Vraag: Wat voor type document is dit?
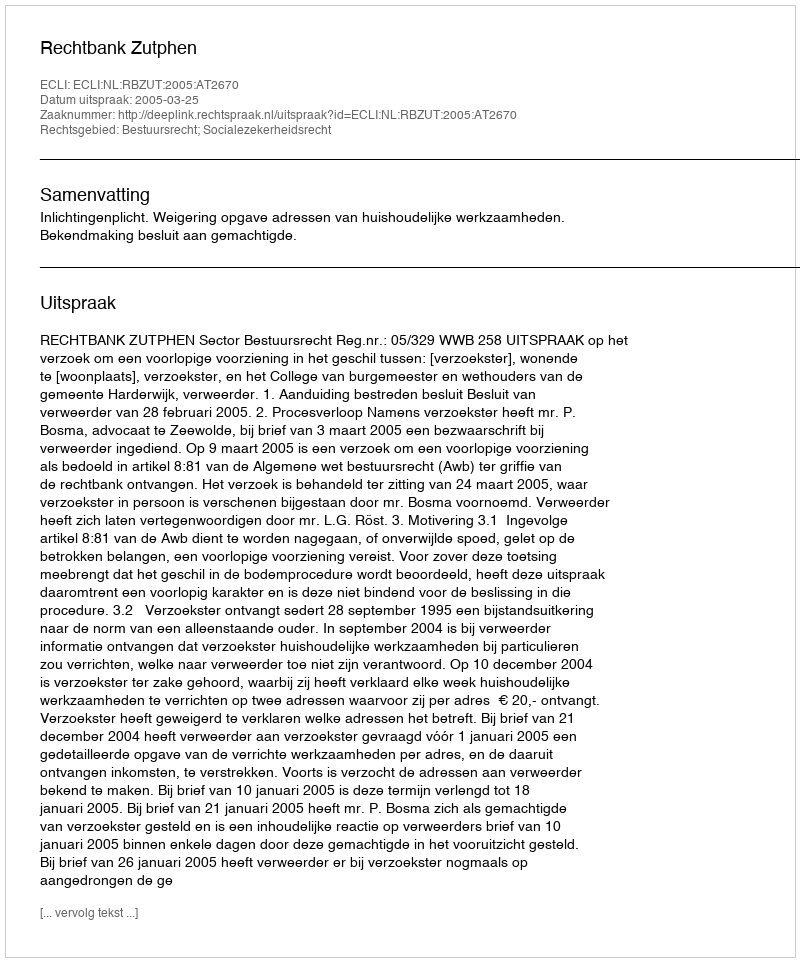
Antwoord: Uitspraak